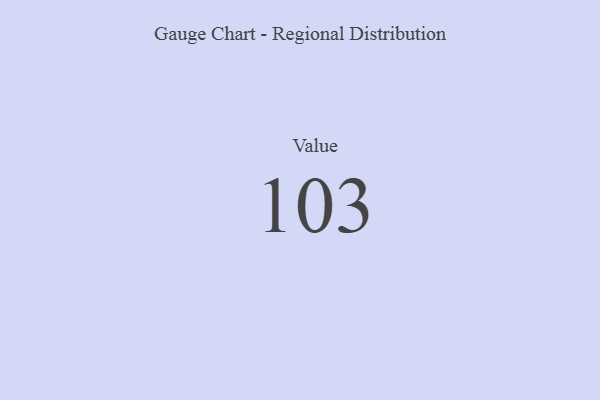
{"axis": {"x": "Metric", "y": "Value"}, "legend": [""], "data": [{"x": "Value", "y": 103, "type": ""}]}